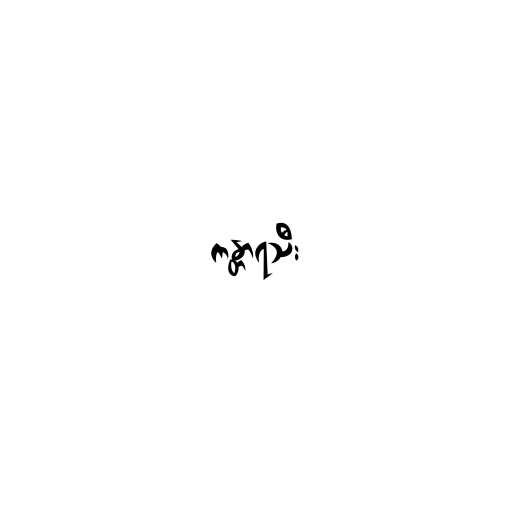
ကန္တာရသီး